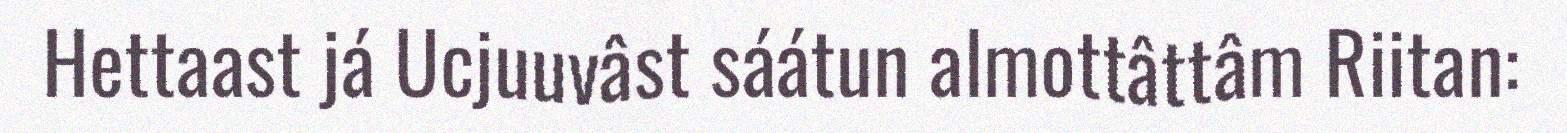
Hettaast já Ucjuuvâst sáátun almottâttâm Riitan: